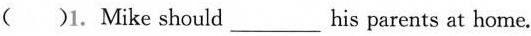
( )1.Mike should ___ his parents at home.